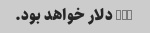
300 دلار خواهد بود.